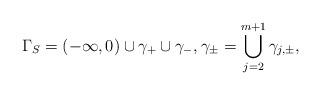
LaTeX: \begin{align*}\Gamma_{S}=(-\infty,0)\cup \gamma_{+}\cup \gamma_{-}, \gamma_{\pm} = \bigcup_{j=2}^{m+1} \gamma_{j,\pm},\end{align*}